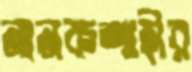
নানকশাহীর